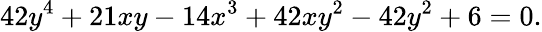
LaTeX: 42y^{4}+21xy-14x^{3}+42xy^{2}-42y^{2}+6=0.